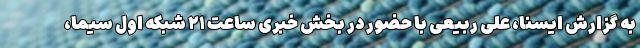
به گزارش ایسنا، علی ربیعی با حضور در بخش خبری ساعت ۲۱ شبکه اول سیما،